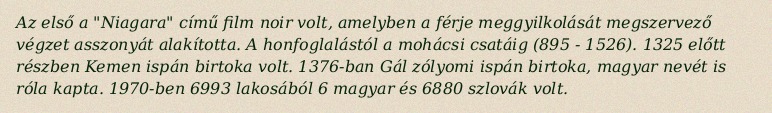
Az első a "Niagara" című film noir volt, amelyben a férje meggyilkolását megszervező végzet asszonyát alakította. A honfoglalástól a mohácsi csatáig (895 - 1526). 1325 előtt részben Kemen ispán birtoka volt. 1376-ban Gál zólyomi ispán birtoka, magyar nevét is róla kapta. 1970-ben 6993 lakosából 6 magyar és 6880 szlovák volt.